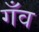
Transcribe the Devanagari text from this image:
गँव